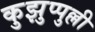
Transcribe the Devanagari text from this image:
कुझुप्पुल्ली